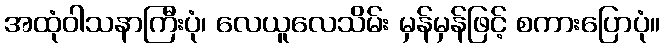
အထုံဝါသနာကြီးပုံ၊ လေယူလေသိမ်း မှန်မှန်ဖြင့် စကားပြောပုံ။